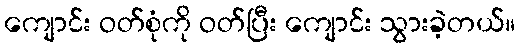
ကျောင်း ဝတ်စုံကို ဝတ်ပြီး ကျောင်း သွားခဲ့တယ်။